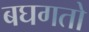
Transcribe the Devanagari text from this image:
बघगतो